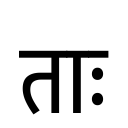
OCR:
ताः